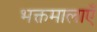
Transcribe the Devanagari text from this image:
भक्तमालाएँ